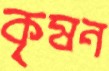
কৃষন